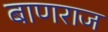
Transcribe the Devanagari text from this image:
बाणराज